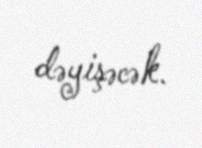
dəyişəcək.